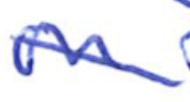
Text: in
Cross-out: mix
Writing tool: ballpoint